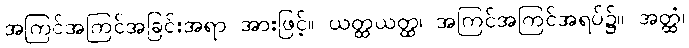
အကြင်အကြင်အခြင်းအရာ အားဖြင့်။ ယတ္ထယတ္ထ၊ အကြင်အကြင်အရပ်၌။ အတ္ထံ၊